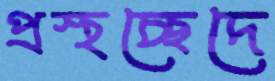
প্রস্থচ্ছেদে